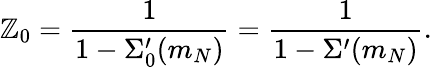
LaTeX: \mathbb{Z}_{0}=\frac{{1}}{{1-\Sigma_{0}^{\prime}(m_{N})}}=\frac{{1}}{{1-\Sigma^{\prime}(m_{N})}}.